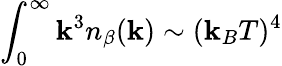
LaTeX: \int_{0}^{\infty}\mathbf{k}^{3}n_{\beta}(\mathbf{k})\sim(\mathbf{k}_{B}T)^{4}